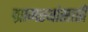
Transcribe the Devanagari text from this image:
ग्रामस्थांसाठी